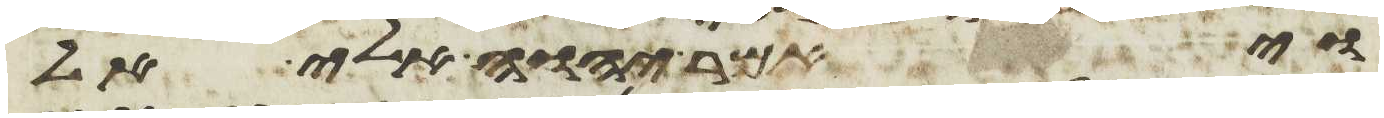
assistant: ויאמר יהוה אלי אל